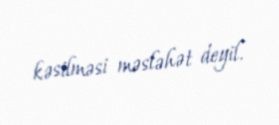
kəsilməsi məsləhət deyil.